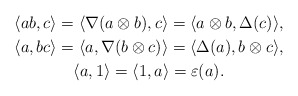
\begin{gather*} \langle ab, c \rangle = \langle \nabla(a \otimes b), c \rangle = \langle a \otimes b, \Delta(c) \rangle,\\ \langle a, bc \rangle = \langle a, \nabla(b \otimes c) \rangle = \langle \Delta(a), b \otimes c \rangle,\\ \langle a, 1 \rangle = \langle 1, a \rangle = \varepsilon(a).\end{gather*}